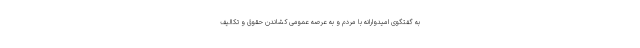
به گفتگوی امیدوارانه با مردم و به عرصه عمومی کشاندن حقوق و تکالیف